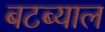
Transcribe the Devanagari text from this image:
बटब्याल